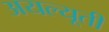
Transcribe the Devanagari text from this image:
अयल्यूती